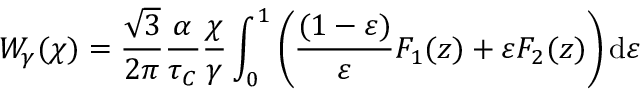
W _ { \gamma } ( \chi ) = \frac { \sqrt { 3 } } { 2 \pi } \frac { \alpha } { \tau _ { C } } \frac { \chi } { \gamma } \int _ { 0 } ^ { 1 } \left( \frac { ( 1 - \varepsilon ) } { \varepsilon } F _ { 1 } ( z ) + \varepsilon F _ { 2 } ( z ) \right) \mathrm { d } \varepsilon